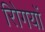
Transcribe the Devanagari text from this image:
रोिगयों